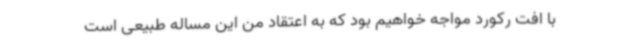
با افت رکورد مواجه خواهیم بود که به اعتقاد من این مساله طبیعی است